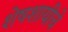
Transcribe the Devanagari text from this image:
शेषशायीचे